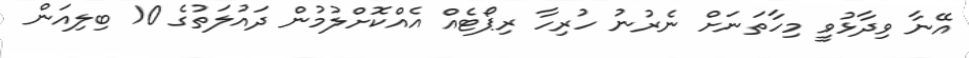
އޭނާ ވިދާޅުވީ މިހާތަނަށް ނެރުނު ހުރިހާ ރިޕޯޓެއް އެއްކޮށްލުމުން ދައުލަތުގެ 10 ބިލިއަން